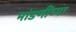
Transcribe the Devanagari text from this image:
मांडणींच्या